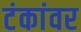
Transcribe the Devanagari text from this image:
टंकांवर